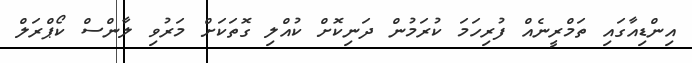
އިންޑިއާގައި ތަމްރީނެއް ފުރިހަމަ ކުރަމުން ދަނިކޮށް ކުއްލި ގޮތަކަށް މަރުވި ލާންސް ކޯޕްރަލް